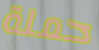
حملة